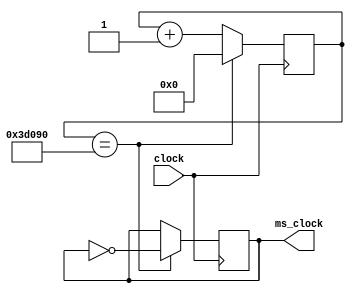
module ms_clock(clock, ms_clock);

	input clock;
	output ms_clock;
	reg ms_clock;
	reg [0:17] count;
	
	//Generate 100 Hz clock from a 50 mHz clock input
	always @ (posedge clock)
		begin
			count <= count + 1;
			if (count == 250000)
				begin
					ms_clock <= ~ms_clock;
					count <= 0;
				end
		end
endmodule